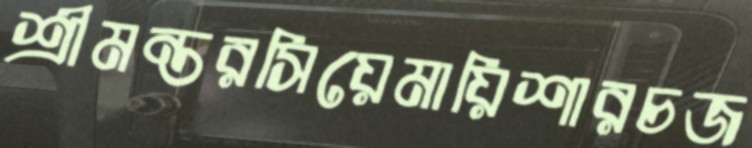
শ্রীমন্তরসিয়েমায়িশারচজ